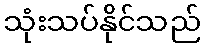
သုံးသပ်နိုင်သည်